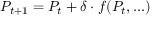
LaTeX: P _ { t + 1 } = P _ { t } + \delta \cdot f ( P _ { t } , . . . )